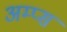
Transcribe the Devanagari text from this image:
अम्प्स